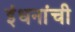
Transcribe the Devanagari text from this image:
इंधनांची